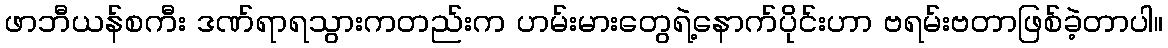
ဖာဘီယန်စကီး ဒဏ်ရာရသွားကတည်းက ဟမ်းမားတွေရဲ့နောက်ပိုင်းဟာ ဗရမ်းဗတာဖြစ်ခဲ့တာပါ။